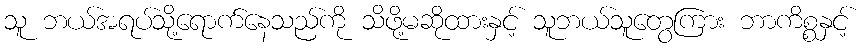
သူ ဘယ်အရပ်သို့ရောက်နေသည်ကို သိဖို့မဆိုထားနှင့် သူဘယ်သူတွေကြား ဘာကိစ္စနှင့်